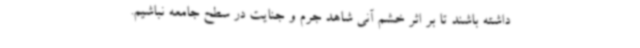
داشته باشند تا بر اثر خشم آنی شاهد جرم و جنایت در سطح جامعه نباشیم.